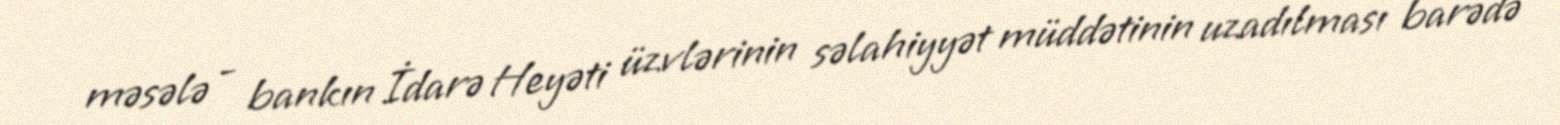
məsələ - bankın İdarə Heyəti üzvlərinin səlahiyyət müddətinin uzadılması barədə